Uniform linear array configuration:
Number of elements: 64
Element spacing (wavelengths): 0.25
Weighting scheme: kaiser
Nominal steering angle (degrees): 0
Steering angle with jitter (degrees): -1.617
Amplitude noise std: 0.05
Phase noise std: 0.05

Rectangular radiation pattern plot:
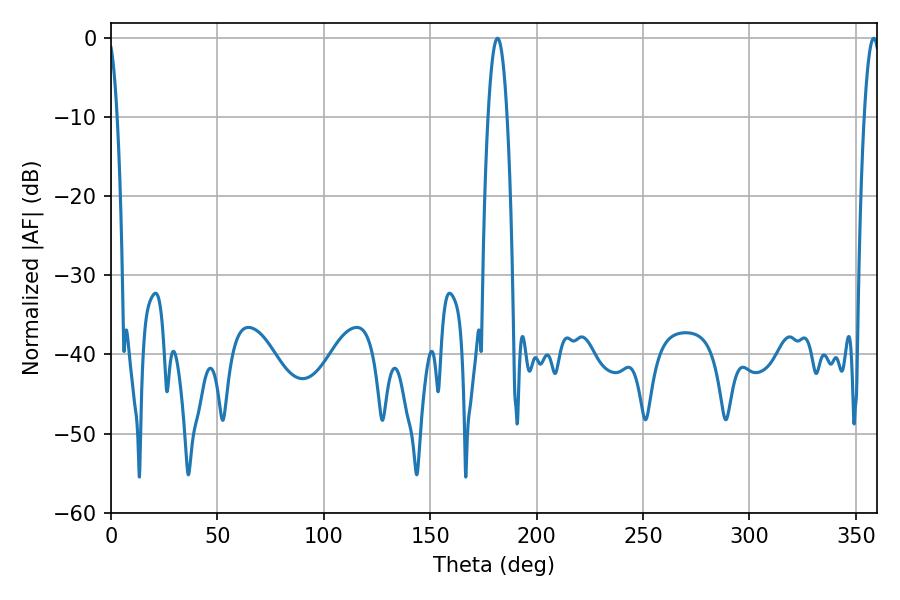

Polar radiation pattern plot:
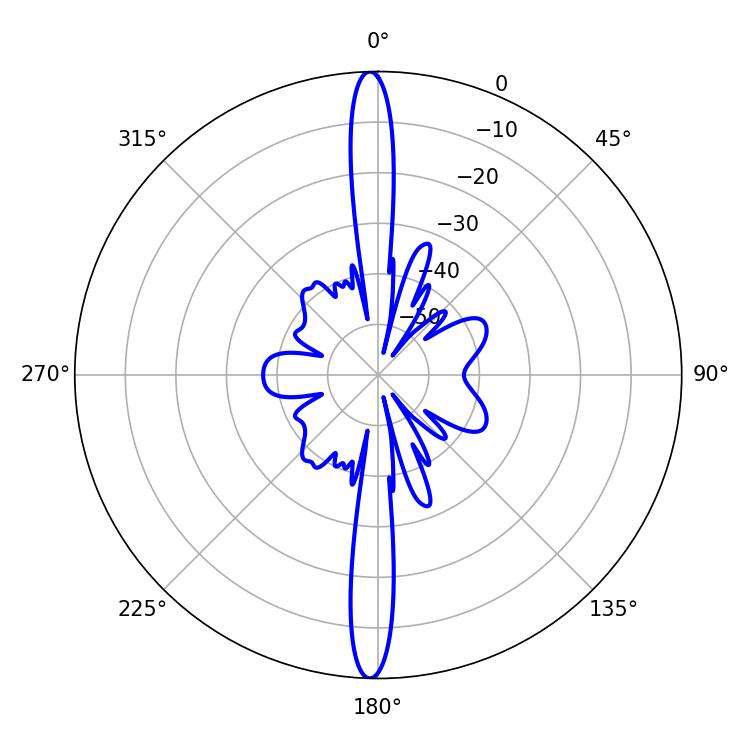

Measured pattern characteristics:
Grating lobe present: FALSE
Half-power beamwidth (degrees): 5.04
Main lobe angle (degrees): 181.62